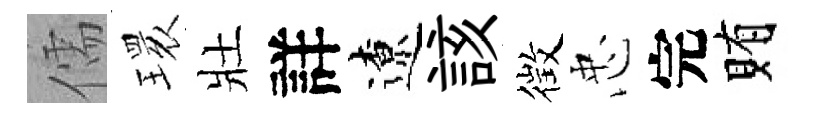
儒𤨔壯詳遼該徴忠完賄